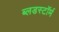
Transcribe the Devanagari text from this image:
ब्लडस्टॉर्म